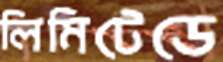
লিমিটেডে